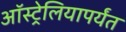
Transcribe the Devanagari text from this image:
ऑस्ट्रेलियापर्यंत